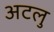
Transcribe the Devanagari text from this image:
अटलु